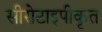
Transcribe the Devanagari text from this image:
सीरोटाइपीकृत